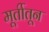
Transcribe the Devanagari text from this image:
मूर्तीतून